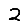
Digit: 2